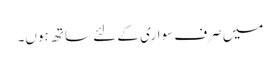
میں صرف سواری کے لئے ساتھ ہوں۔